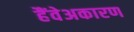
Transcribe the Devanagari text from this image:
हैंवेअकारण